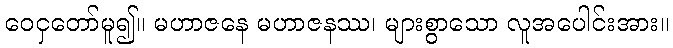
ဝေငှတော်မူ၍။ မဟာဇနေ မဟာဇနဿ၊ များစွာသော လူအပေါင်းအား။